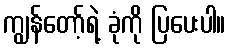
ကျွန်တော့်ရဲ့ ခုံကို ပြပေးပါ။